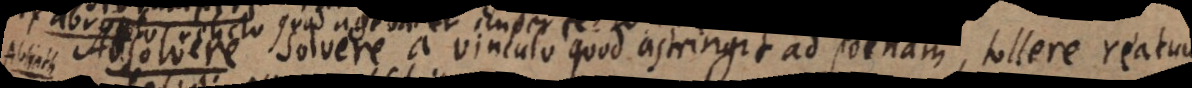
e solvere a vinculo quod astringit ad poenam, tollere reatum